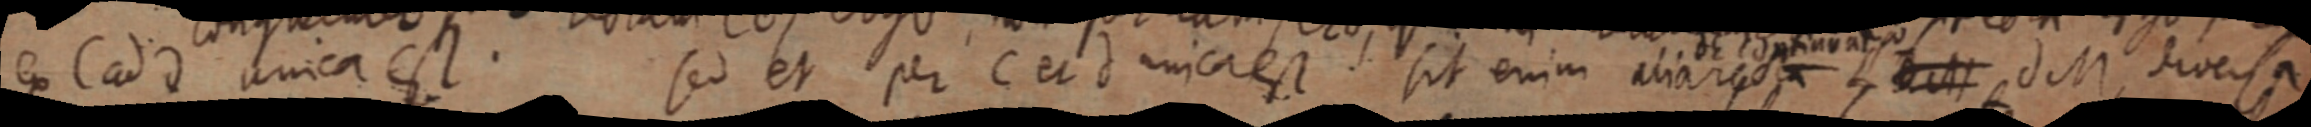
ex C ad d unica est. sed et per C et d unica est sit enim alia recta, d M, diversa